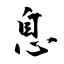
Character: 息